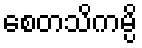
စေတသိကမ္ပိ